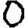
Digit: 0